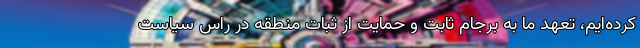
کرده‌ایم، تعهد ما به برجام ثابت و حمایت از ثبات منطقه در راس سیاست